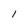
Character: 1